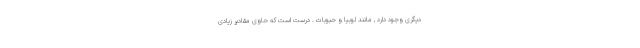
دیگری وجود دارد , مانند لوبیا و حبوبات . درست است که حاوی مقادیر زیادی